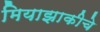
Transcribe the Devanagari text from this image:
मियाझाकीचे